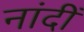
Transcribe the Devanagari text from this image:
नांदीं